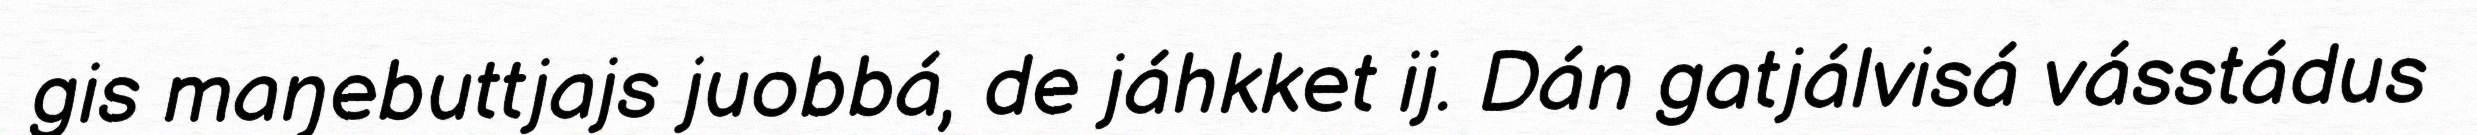
gis maŋebuttjajs juobbá, de jáhkket ij. Dán gatjálvisá vásstádus